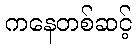
ကနေတစ်ဆင့်